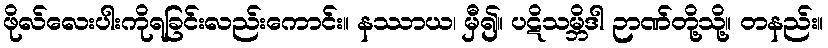
ဖိုလ်လေးပါးကိုရခြင်းလည်းကောင်း။ နဿာယ၊ မှီ၍။ ပဋိသမ္ဘိဒါ ဉာဏ်တို့သို့။ တနည်း။